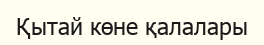
Қытай көне қалалары